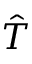
\hat { T }